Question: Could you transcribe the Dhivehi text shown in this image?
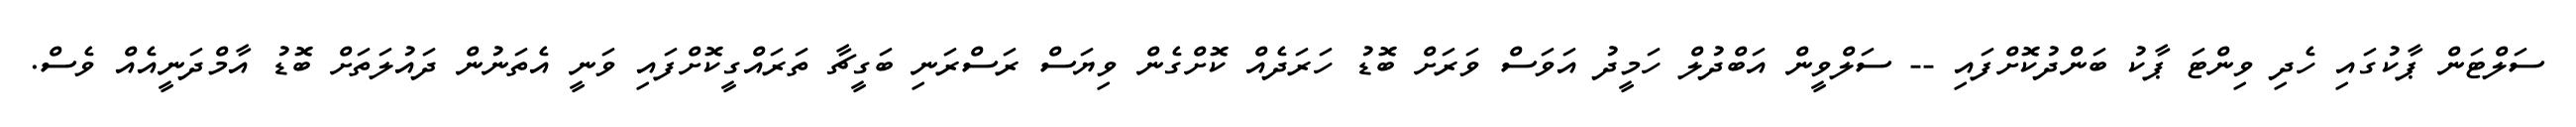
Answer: ސަލްޓަން ޕާކުގައި ހެދި ވިންޓަ ޕާކު ބަންދުކޮށްފައި -- ސަލްވީން އަބްދުލް ހަމީދު އަވަސް ވަރަށް ބޮޑު ހަރަދެއް ކޮށްގެން ވިޔަސް ރަސްރަނި ބަގީޗާ ތަރައްގީކޮށްފައި ވަނީ އެތަނުން ދައުލަތަށް ބޮޑު އާމްދަނީއެއް ވެސް.